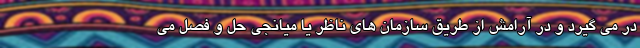
در می گیرد و در آرامش از طریق سازمان های ناظر یا میانجی حل و فصل می